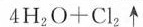
4 H _ { 2 } O + C l _ { 2 } \uparrow$$